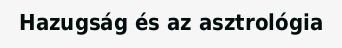
Hazugság és az asztrológia